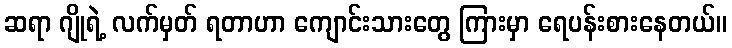
ဆရာ ဂျိုရဲ့ လက်မှတ် ရတာဟာ ကျောင်းသားတွေ ကြားမှာ ရေပန်းစားနေတယ်။